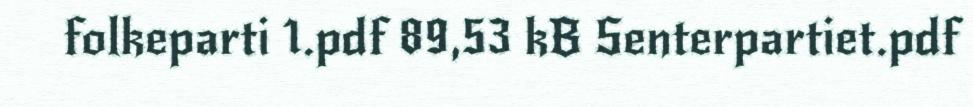
folkeparti 1.pdf 89,53 kB Senterpartiet.pdf